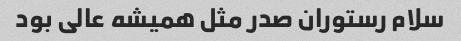
سلام رستوران صدر مثل همیشه عالی بود